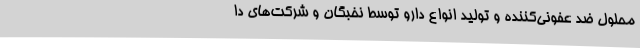
محلول ضد عفونی‌کننده و تولید انواع دارو توسط نخبگان و شرکت‌های دا